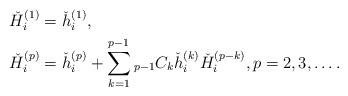
LaTeX: \begin{align*} &\check{H}_{i}^{( 1 )} = \check{h}_{i}^{( 1 )}, \\ &\check{H}_{i}^{( p )} = \check{h}_{i}^{( p )} + \sum_{k = 1}^{p - 1} {}_{p - 1} C_{k} \check{h}_{i}^{( k )} \check{H}_{i}^{( p - k )}, p = 2, 3, \dots . \end{align*}